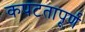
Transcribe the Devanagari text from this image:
कपटतापूर्ण